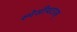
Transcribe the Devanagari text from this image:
स्पेसीयटरस्